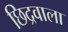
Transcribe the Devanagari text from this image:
छिद्रवाला